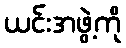
ယင်းအဖွဲ့ကို